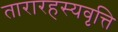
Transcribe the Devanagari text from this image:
तारारहस्यवृत्ति